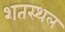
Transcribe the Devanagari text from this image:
शतस्थल